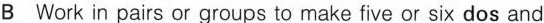
B Work in pairs or groups to make five or six dos and